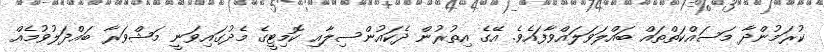
ކުރަމުންދާ މަސައްކަތްތައް ބައްލަވަލައްވާފައެވެ. އޭގެ އިތުރުން ދެކައުންސިލާއި ކޮމިޓީގެ މެދުގައިވަނީ މަޝްވަރާ ބައްދަލުވުމެއް